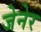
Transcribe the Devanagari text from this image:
जेनेर